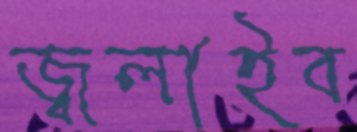
জ্বলাইব